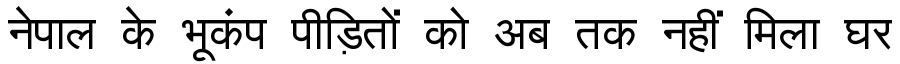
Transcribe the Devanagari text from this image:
नेपाल के भूकंप पीड़ितों को अब तक नहीं मिला घर